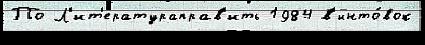
По Л'ит'ератураправ'ить 1984 в'инто́вок